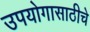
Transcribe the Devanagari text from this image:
उपयोगासाठीचे